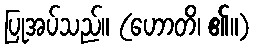
ပြုအပ်သည်။ (ဟောတိ၊ ၏။)